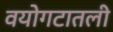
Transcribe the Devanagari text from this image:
वयोगटातली